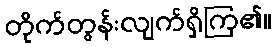
တိုက်တွန်းလျက်ရှိကြ၏။